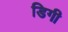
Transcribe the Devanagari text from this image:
डिगी